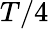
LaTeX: T/4